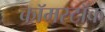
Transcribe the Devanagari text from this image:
कॉमस्टॉक